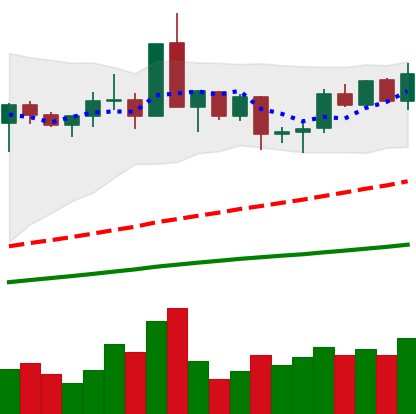
Ticker: XMR-USD
Chart end date: 2020-09-01
Forward return: -17.299%
Label: down_7plus